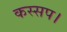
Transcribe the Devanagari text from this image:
कस्सप।